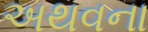
અથવના